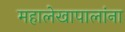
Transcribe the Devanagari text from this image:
महालेखापालांना